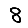
Digit: 8